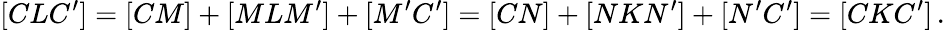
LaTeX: [CLC^{\prime}]=[CM]+[MLM^{\prime}]+[M^{\prime}C^{\prime}]=[CN]+[NKN^{\prime}]+[N^{\prime}C^{\prime}]=[CKC^{\prime}]\, .